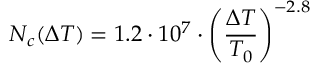
N _ { c } ( \Delta T ) = 1 . 2 \cdot 1 0 ^ { 7 } \cdot \left( \frac { \Delta T } { T _ { 0 } } \right) ^ { - 2 . 8 }